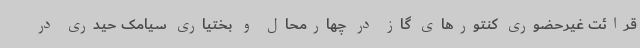
قرائت غیرحضوری کنتورهای گاز در چهارمحال و بختیاری سیامک حیدری در